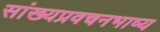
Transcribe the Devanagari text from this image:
सांख्यप्रवचनभाष्य